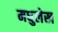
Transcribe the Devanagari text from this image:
मधुलेख